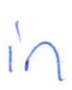
Text: in
Cross-out: clean
Writing tool: ballpoint